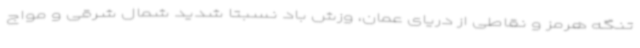
تنگه هرمز و نقاطی از دریای عمان، وزش باد نسبتاً شدید شمال شرقی و مواج